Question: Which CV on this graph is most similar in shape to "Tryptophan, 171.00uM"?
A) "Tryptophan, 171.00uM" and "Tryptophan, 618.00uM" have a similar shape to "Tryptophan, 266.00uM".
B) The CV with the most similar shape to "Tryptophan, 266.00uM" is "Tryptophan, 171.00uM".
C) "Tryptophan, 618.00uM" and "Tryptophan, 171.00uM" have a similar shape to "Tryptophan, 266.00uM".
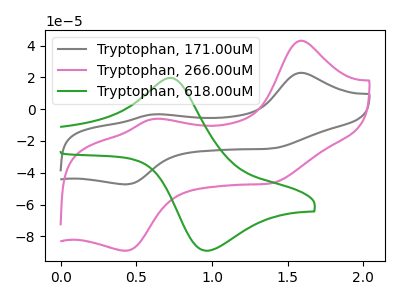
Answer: <think>The gray curve "Tryptophan, 171.00uM" has anodic peaks at (1.60V, 22.90uA) (0.60V, -3.25uA) and cathodic peaks at (1.40V, -24.55uA) (0.40V, -47.30uA). The pink curve "Tryptophan, 266.00uM" has anodic peaks at (1.60V, 43.10uA) (0.60V, -6.15uA) and cathodic peaks at (1.40V, -46.20uA) (0.40V, -89.05uA). The green curve "Tryptophan, 618.00uM" has an anodic peak at (0.70V, 19.70uA) and a cathodic peak at (0.95V, -89.05uA).
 All the peaks in "Tryptophan, 171.00uM" have a peak in "Tryptophan, 266.00uM" at the same potential. "Tryptophan, 171.00uM" and "Tryptophan, 618.00uM" have a different number of peaks. "Tryptophan, 266.00uM" and "Tryptophan, 618.00uM" have a different number of peaks.</think>
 <answer>B) The CV with the most similar shape to "Tryptophan, 266.00uM" is "Tryptophan, 171.00uM".</answer>
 <eval>B</eval>